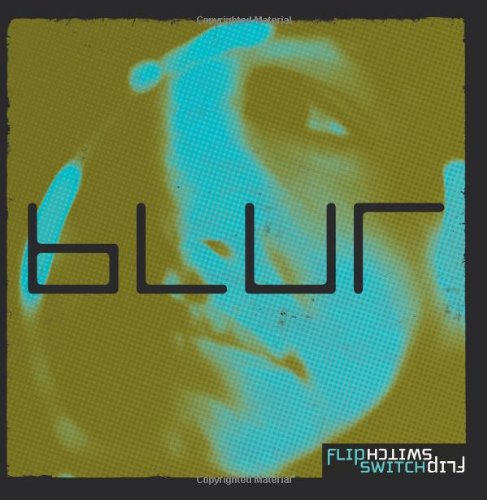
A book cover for Blur: A Graphic Reality Check for Teens Dealing with Self-Image (FlipSwitch); Marcus Brotherton; Teen & Young Adult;